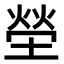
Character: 塋